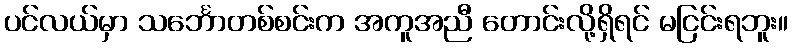
ပင်လယ်မှာ သင်္ဘောတစ်စင်းက အကူအညီ တောင်းလို့ရှိရင် မငြင်းရဘူး။